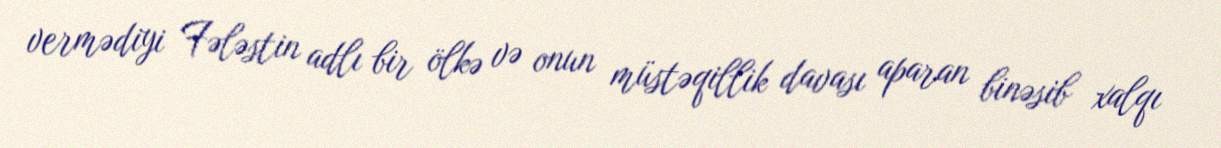
vermədiyi Fələstin adlı bir ölkə və onun müstəqillik davası aparan binəsib xalqı